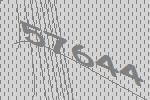
57644